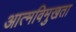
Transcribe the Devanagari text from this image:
आत्मविमुखता